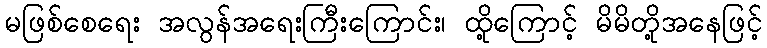
မဖြစ်စေရေး အလွန်အရေးကြီးကြောင်း၊ ထို့ကြောင့် မိမိတို့အနေဖြင့်